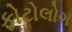
ફોટોલોગ